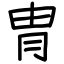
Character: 冑